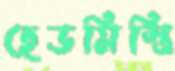
হেডমিস্ত্রি